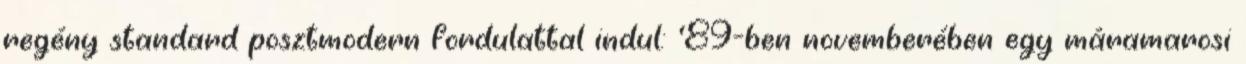
regény standard posztmodern fordulattal indul: ’89-ben novemberében egy máramarosi